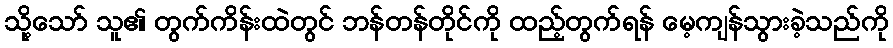
သို့သော် သူ၏ တွက်ကိန်းထဲတွင် ဘန်တန်တိုင်ကို ထည့်တွက်ရန် မေ့ကျန်သွားခဲ့သည်ကို